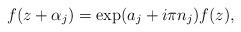
LaTeX: \begin{align*}f(z+\alpha_j)=\exp (a_j+i\pi n_j)f(z),\end{align*}